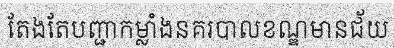
តែងតែបញ្ជាកម្លាំងនគរបាលខណ្ឌមានជ័យ